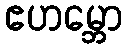
ဧဟမ္ဘော